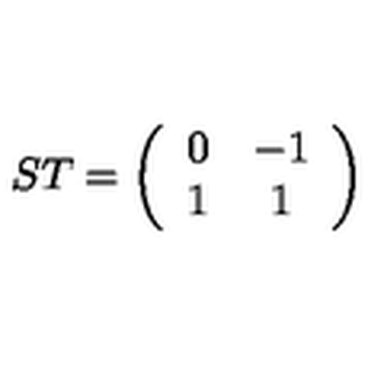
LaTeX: S T = \left( \begin{array} { c c } { 0 } & { - 1 } \\ { 1 } & { 1 } \\ \end{array} \right)